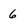
Character: 6